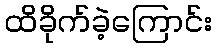
ထိခိုက်ခဲ့ကြောင်း